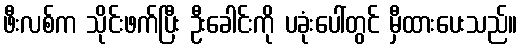
ဖီးလစ်က သိုင်းဖက်ပြီး ဦးခေါင်းကို ပခုံးပေါ်တွင် မှီထားပေးသည်။